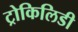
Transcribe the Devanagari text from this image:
ट्रोकिलिडी